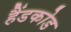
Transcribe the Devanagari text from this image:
हैंडकोड